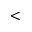
<